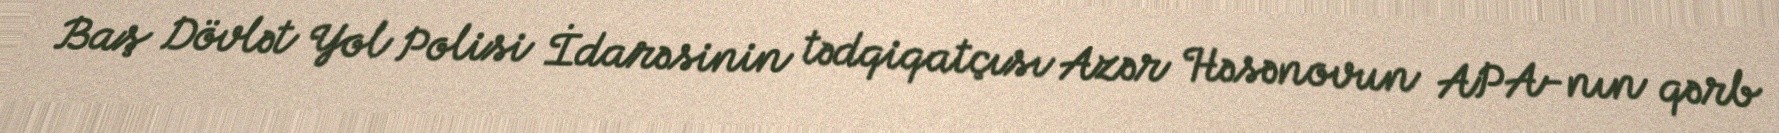
Baş Dövlət Yol Polisi İdarəsinin tədqiqatçısı Azər Həsənovun APA-nın qərb